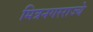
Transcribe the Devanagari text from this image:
मित्रनगरराज्ये